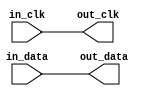
module ECL_Buffer (
    input wire in_clk,
    input wire in_data,
    output reg out_data,
    output reg out_clk
);

assign out_data = in_data;
assign out_clk = in_clk;

endmodule